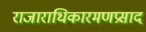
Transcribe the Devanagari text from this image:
राजाराधिकारमणप्रसाद